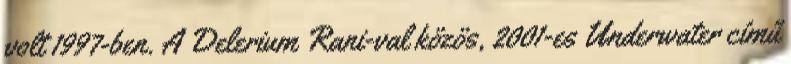
volt 1997-ben. A Delerium Rani-val közös, 2001-es Underwater című